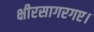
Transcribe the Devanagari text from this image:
क्षीरसागरगए।